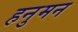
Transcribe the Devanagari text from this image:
हनुमन